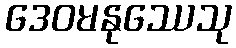
ဒေဝမနုဿေသု